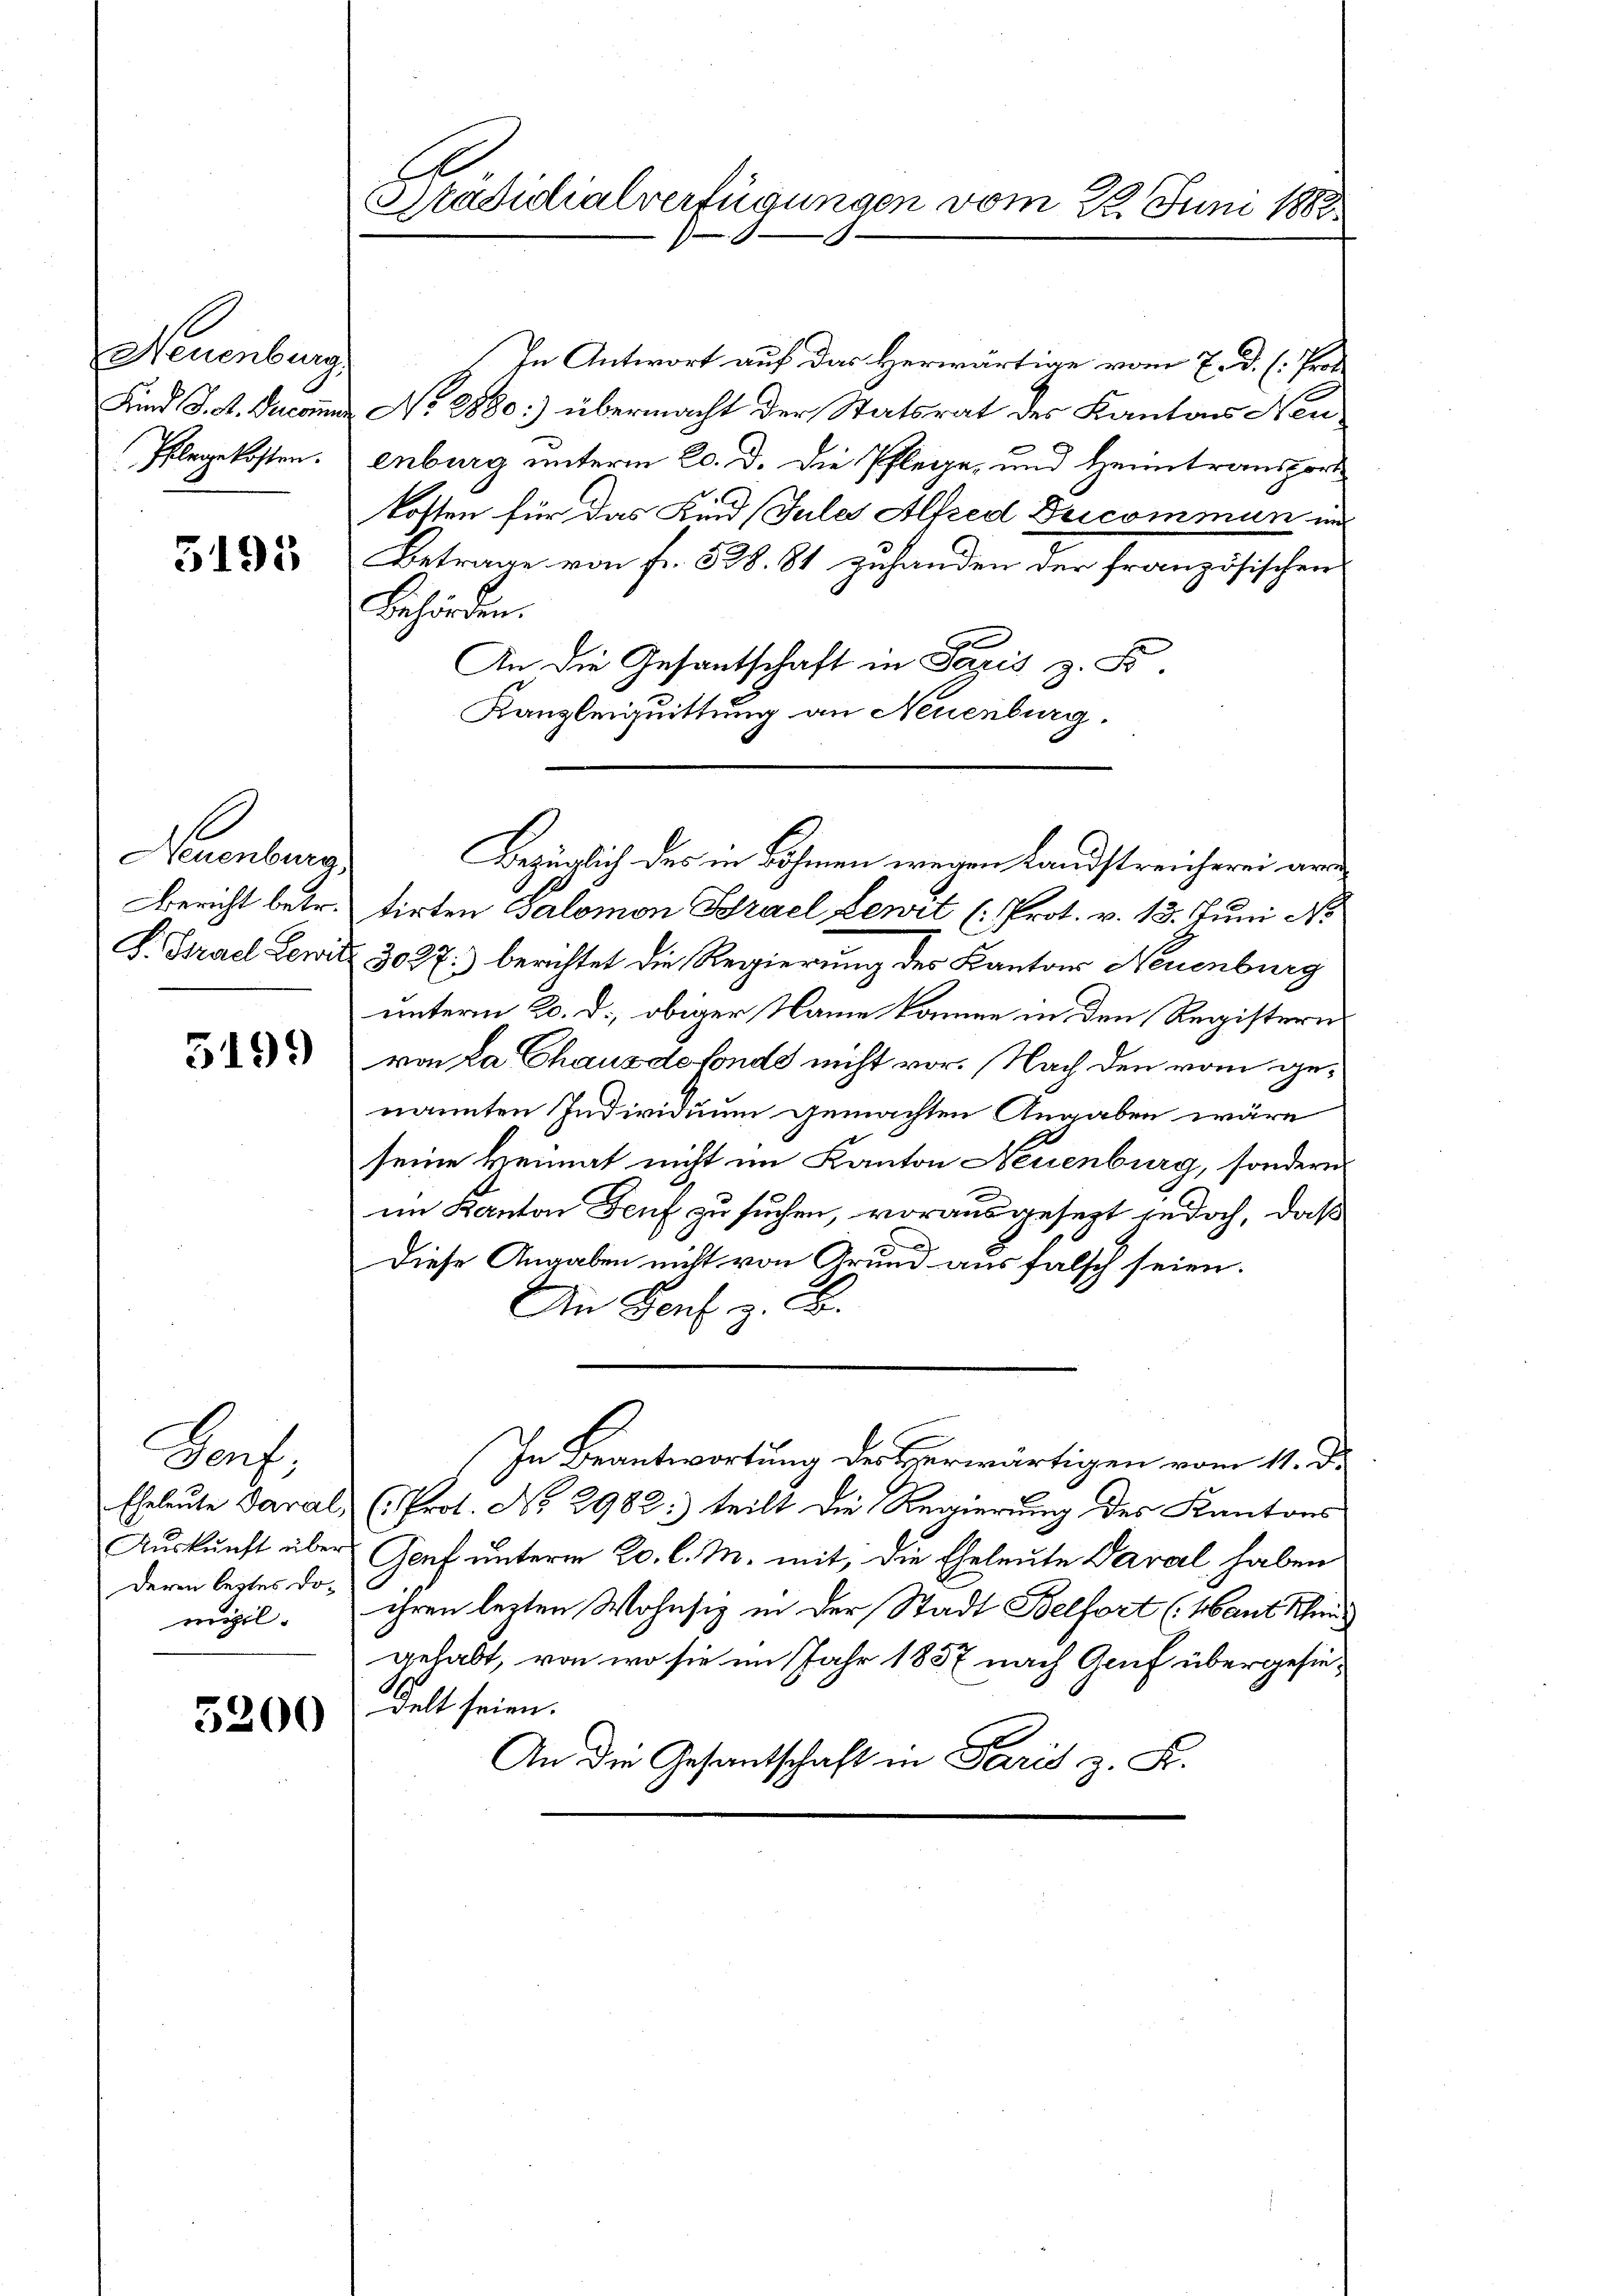
Neuenburg,
Phlegekosten.

3195

Neuenburg
Bericht betr.

5199

Boch
Aŭskŭnft über
deren leztes Domizil.

5200

Präsidialverfügungen vom 22. Juni 1882

In Antwort auf das Herwärtige vom 7. d. h. Prot
Kind J. M. Jucuns No 8880) übermacht der Statsrat des Kantons Neuenburg unterm 20. d. die Pflege, und Heimtransport
kosten für das Kind (Jules Alfred Deicommun und
Betrage von Fr. 538. 81 zuhanden der französischen
Behörden.
.
An die Gesantschaft in Paris z. B.
Kanzleiquittung an Neuenburg.
tirten Salomon Brael Lenzt (Prot. v. 13. Juni N
F. Strael Lewitz. 3027.) berichtet die Regierung des Kantons Neuenburg
unterm 20. d. obiger Name können in den Registern
von La Chaus de fonds nicht vor. Nach den vom genannten Individuum gemachten Angaben wäre
seine keimat nicht im Kanton Neuenburg, sondern
im Kanton Genf zu suchen, vorausgesezt jedoch, daß
s
Diese Angaben nicht von Grund aus falsch seien.
An Genf. z. B.
In Beantwortung der Herwärtigen vom 11. d.
Eheleute Paral, (Prot. No. 2982:) teilt die Regierung des Kantons
Genf unterm 20. l. M. mit, die Eheleute Paral haben
ihren lezten Wohnsiz in der Stadt Belfort (Maut Schmid
gehabt, von wo sie im Jahr 1837 nach Gruf übergesindelt seien.
An die Gesantschaft in Paris z. K.

Bezüglich des in Böhmen wegen Landstreicherei an¬